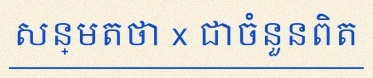
សន្មតថា x ជាចំនួនពិត